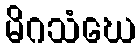
မိဂသံဃေ